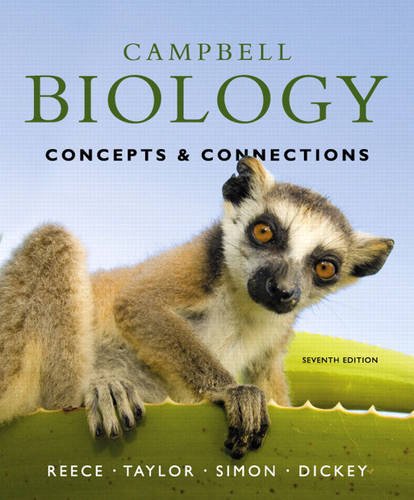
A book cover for Campbell Biology: Concepts & Connections (7th Edition); Jane B. Reece; Science & Math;